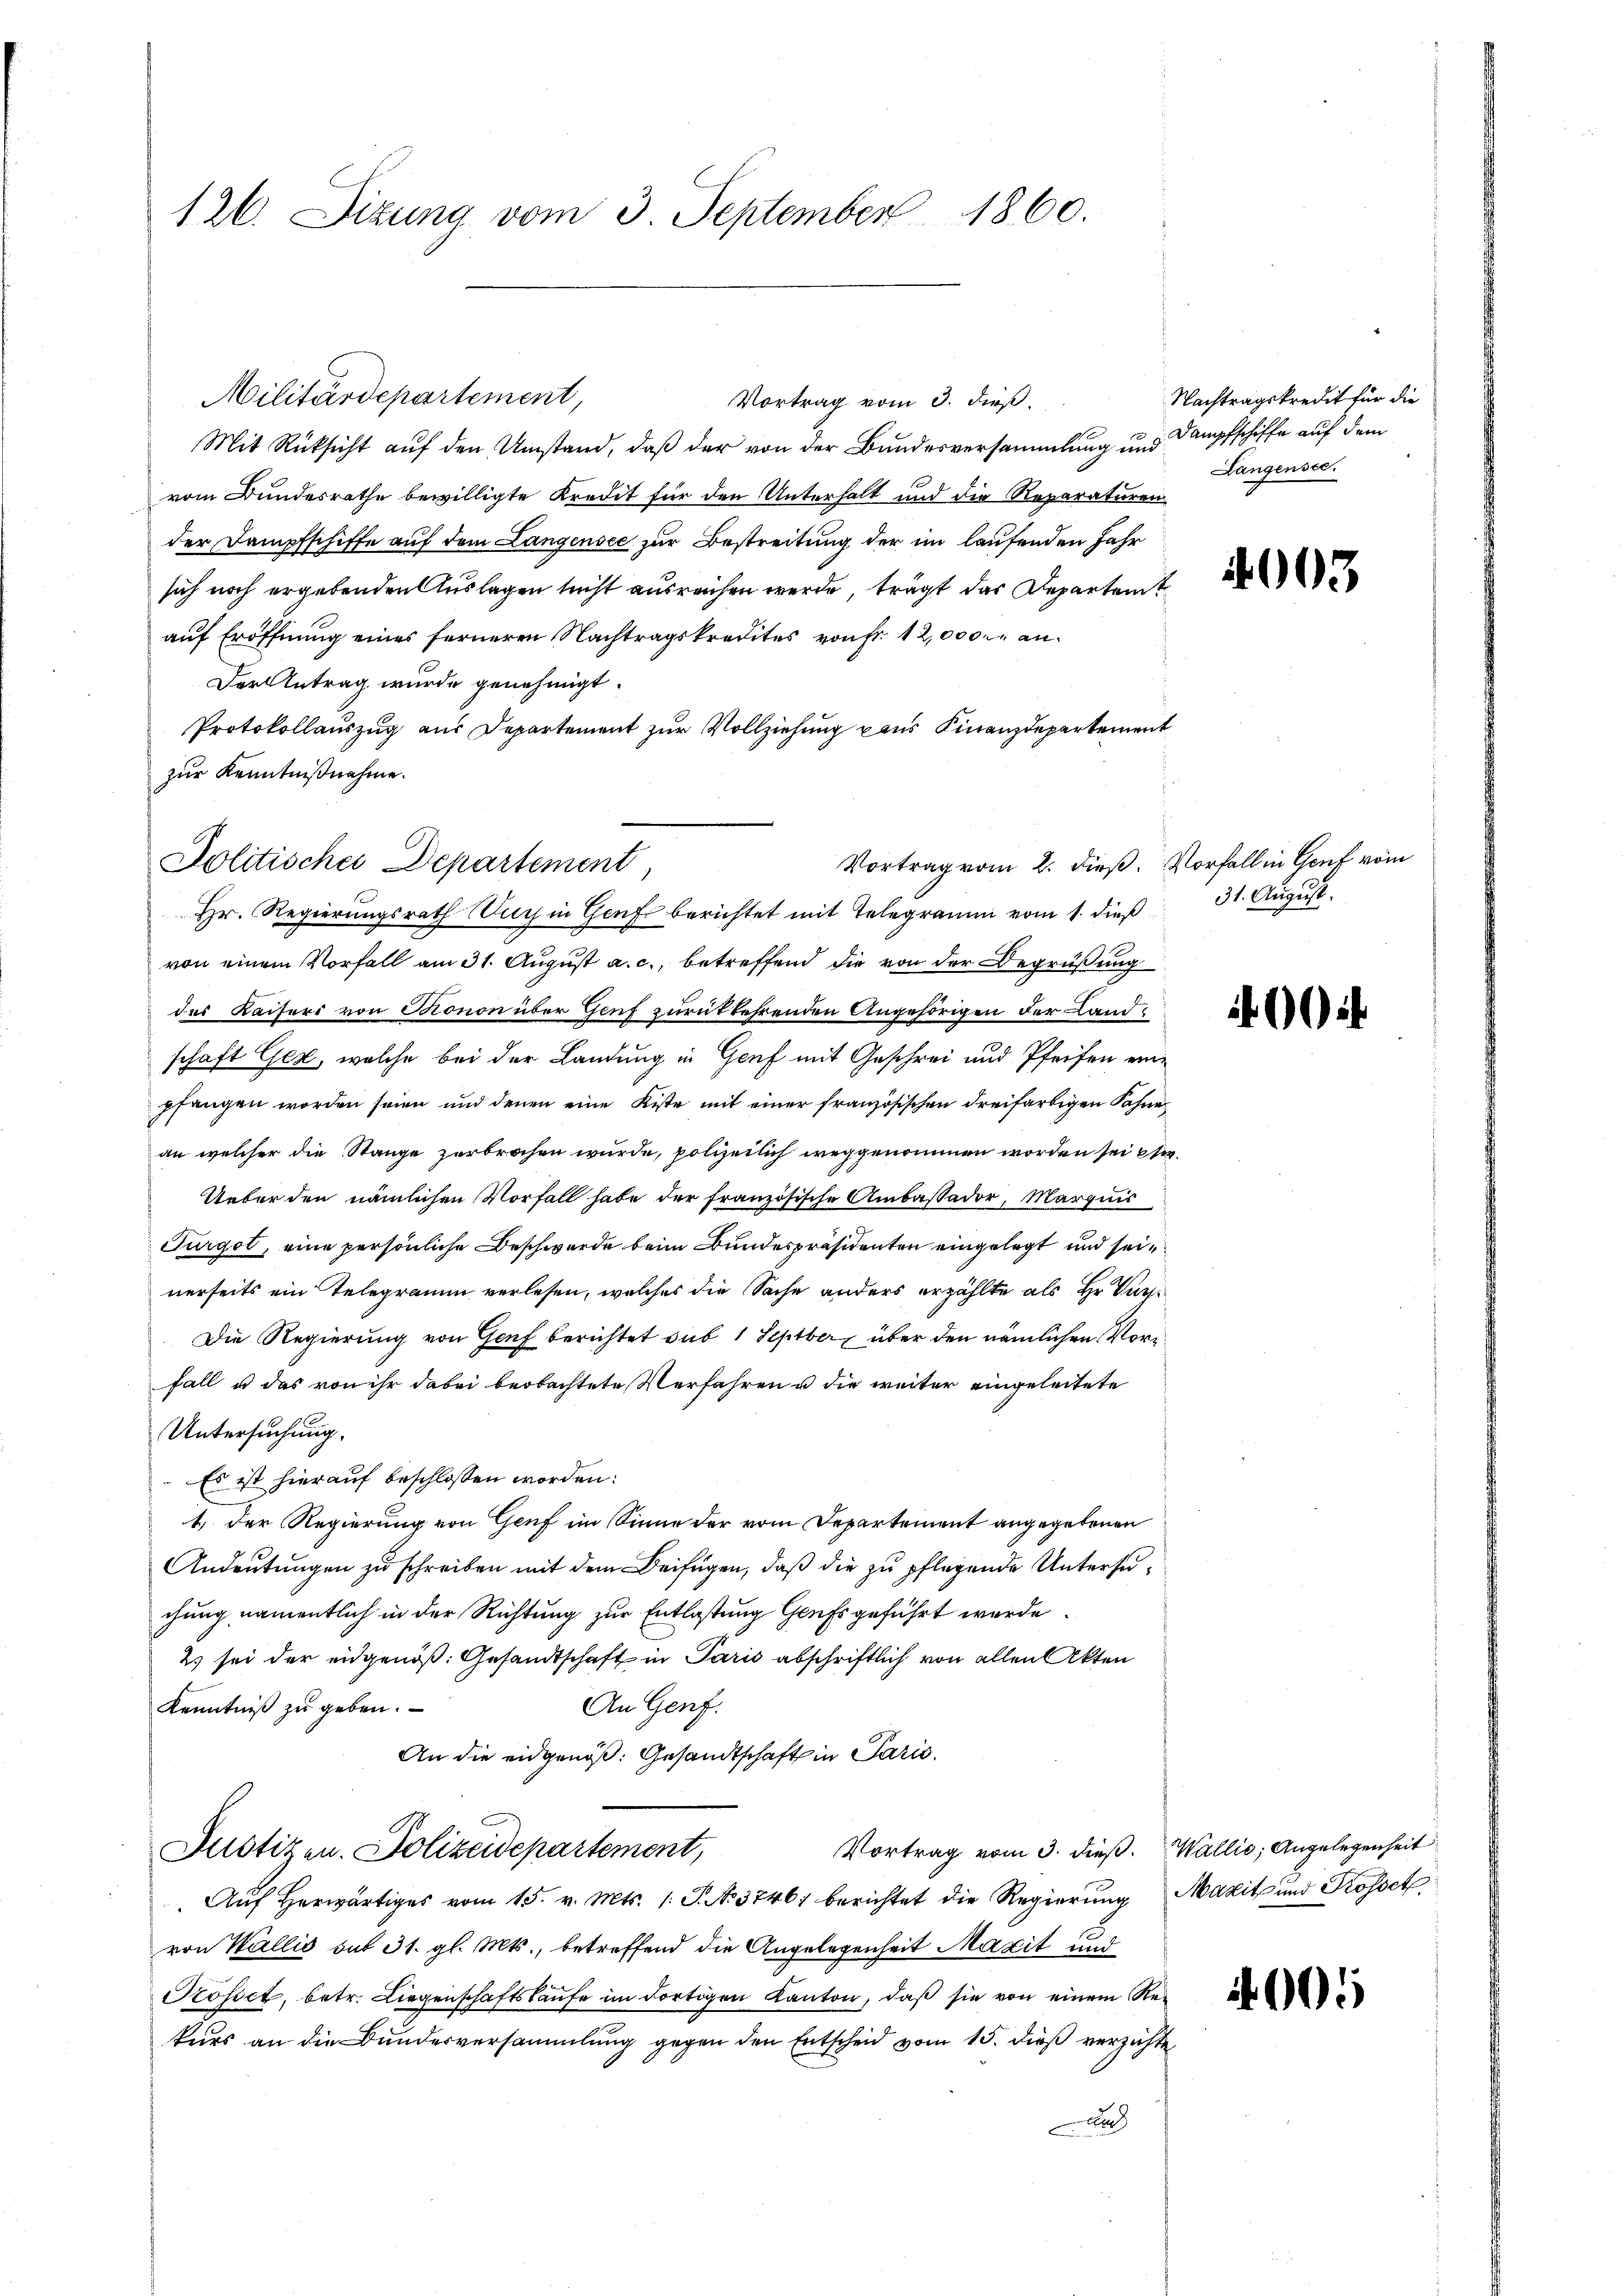
126. Sizung vom 3. September 1860.

Militärdepartement,
Vortrag vom 3. dieß.
Mit Rücksicht auf den Umstand, daß der von der Bundesversammlung und
vom Bundesrathe bewilligte Kredit für den Unterhalt und die Reparaturen
der Dampfschiffe auf dem Langensee zur Bestreitung der im laufenden Jahr
sich noch ergebenden Auslagen nicht ausreichen werde, trägt das Repartent
auf Eröffnung eines ferneren Nachtragskredites von Fr. 12,000 M an¬
Der Antrag wurde genehmigt.
Protokollauszug aus Departement zur Vollziehung aus Finanzdepartement
zur Kenntnißnahme.
Vortrag vom 2. dieß. Vorfall in Genf vom
Hr. Regierungsrath Euch in Genf berichtet mit Telegramm vom 1. dieß
von einem Vorfall am 31. August a. c., betreffend die von der Begrüßung
des Kaisers von Monon über Genf zurükkehrenden Angehörigen der Landschaft Gex, welche bei der Landung in Genf mit Geschrei und Pfeifen einpfangen worden seien und denen eine Kiste mit einer französischen dreifarbigen Fahne
an welcher die Stange zerbrochen wurde, polizeilich weggenommen worden sei ei¬
Ueber den nämlichen Vorfall habe der französische Ambaßador, Margau
Turgel, eine persönliche Beschwerde beim Bundespräsidenten eingelegt und seinerseits ein Telegramm verlesen, welches die Sache anders erzählte als Hr. Pare
Die Regierung von Genf berichtet sub 1 Septber, über den nämlichen Vorfall u das von ihr dabei beobachtete Verfahren u die weiter eingeleitete
Untersuchung.
Es ist hierauf beschlossen worden:
t., der Regierung von Genf im Sinne der vom Departement angegebenen
Andeutungen zu schreiben mit dem Beifügen, daß die zu pflegende Untersuchung namentlich in der Richtung zur Entlaßung Genf geführt werde.
2) sei der eidgenöß: Gesandtschaft in Paris abschriftlich von allen Akten
An Genf.
Kenntniß zu geben.
An die eidgenöß: Gesandtschaft in Paris.
Vortrag vom 3. dieß. Wallis, Angelegenheit
Justizen. Polizeidepartement,
Auf herwärtiges vom 15. v. Mts. 1. J. No. 3746) berichtet die Regierung Maxit und Trosset
von Wallis auf 31. gl. Mts., betreffend die Angelegenheit Maxit und
Tröstet, betr. Liegenschaftskaŭfe im dortigen Kanton, daß sie von einem Rekurs an die Bundesversammlung gegen den Entscheid vom 15. dieß verzichte
A

Politisches Departement

Nachtragskredit für die
Dampfschiffe auf dem
Langensee.

4003

31. August.

002

4605